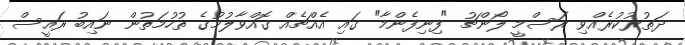
ދަތުރުކުރެއްވި ރަސްމީ ލޯންޗު "ފިނިފެންމާ" ގައި އެއްޗެއް ގޮއްވާލުމުގެ ތުހުމަތުން ނައިބު ރައީސް